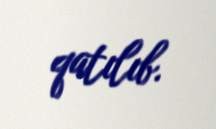
qatılıb.